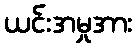
ယင်းအမှုအား